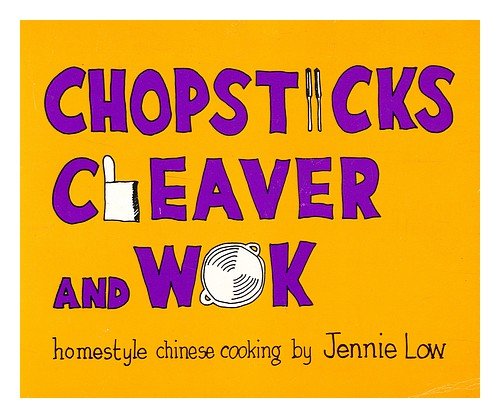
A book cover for Chopsticks, Cleaver, and Wok : Homestyle Chinese Cooking / Jennie Low; Jennie (1940-) Low; Cookbooks, Food & Wine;